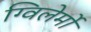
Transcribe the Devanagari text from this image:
ग्विलेर्मो